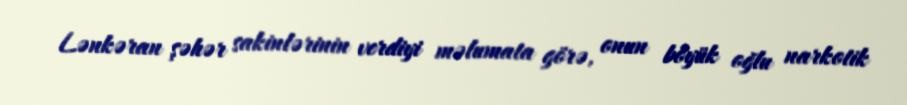
Lənkəran şəhər sakinlərinin verdiyi məlumata görə, onun böyük oğlu narkotik